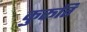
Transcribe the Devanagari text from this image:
कुरूति